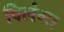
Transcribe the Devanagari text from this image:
विलंगा